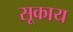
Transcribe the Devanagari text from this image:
सूकाय